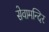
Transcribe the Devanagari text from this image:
सेवामन्दिर